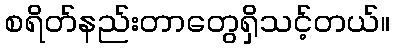
စရိတ်နည်းတာတွေရှိသင့်တယ်။